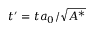
t ^ { \prime } = t a _ { 0 } / \sqrt { A ^ { * } }